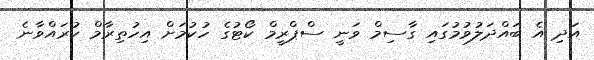
އަދި އެ ބައްދަލުވުމުގައި ގާސިމް ވަނީ ސްޕްރީމް ކޯޓުގެ ހުކުމަށް އިހުތިރާމް ކުރައްވާނެ